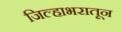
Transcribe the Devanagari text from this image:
जिल्हाभरातून